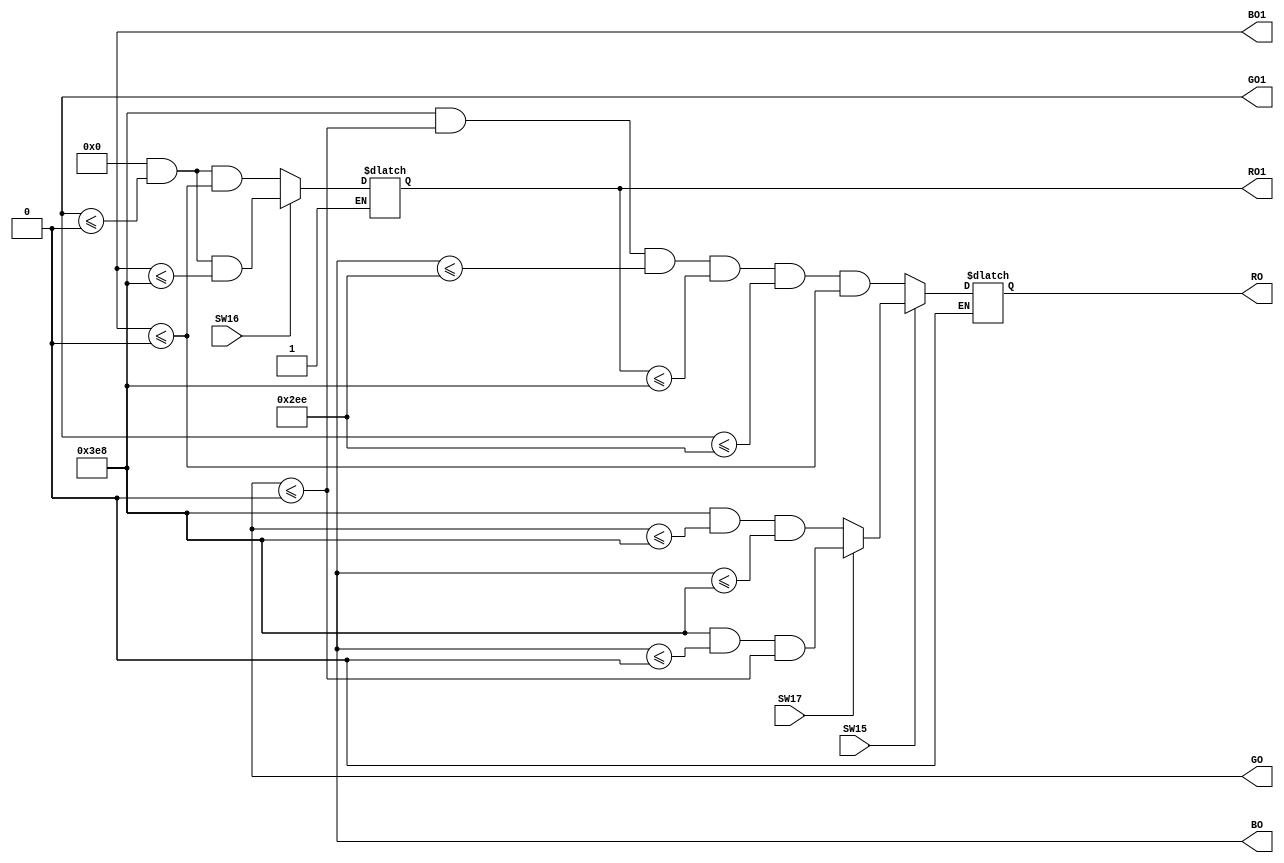
module color(
input SW15, 
input SW16,
input SW17,
output reg RO, 
output reg GO,
output reg BO,
output reg RO1, 
output reg GO1, 
output reg BO1
);
//c
always 
	begin 
	if(SW15 == 1)
		begin 
			if (SW17 == 1) RO <= 10'd1000 && BO <= 10'd0000 && GO <= 10'd0000;
			else if (SW17 ==0) RO <= 10'd1000 && GO <= 10'd1000 && BO <= 10'd1000; 
			else if (SW16 ==1) RO1 <= 10'd0000 && GO1 <= 10'd0000 && BO1 <= 10'd1000;
			else RO1 <= 10'd0000 && GO1 <= 10'd0000 && BO1 <= 10'd0000;
		end
	else RO <= 10'd1000 && GO <= 10'd0000 && BO <= 10'd0750 && RO1 <= 10'd1000 && GO1 <= 10'd0750 && BO1 <= 10'd0000;
	end 
	
endmodule